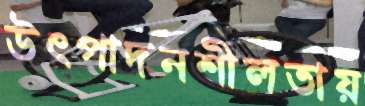
উৎপাদনশীলতায়